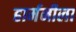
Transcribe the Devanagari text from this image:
हार्मनीला